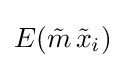
E({\tilde {m}}\,{\tilde {x}}_{i})